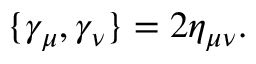
\{ \gamma _ { \mu } , \gamma _ { \nu } \} = 2 \eta _ { \mu \nu } .